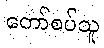
တော်စပ်သူ